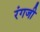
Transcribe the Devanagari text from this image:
रंगजी